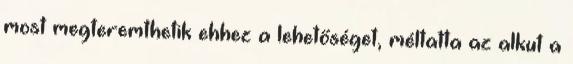
most megteremthetik ehhez a lehetőséget, méltatta az alkut a